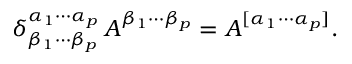
\delta _ { \beta _ { 1 } \cdots \beta _ { p } } ^ { \alpha _ { 1 } \cdots \alpha _ { p } } \, A ^ { \beta _ { 1 } \cdots \beta _ { p } } = A ^ { [ \alpha _ { 1 } \cdots \alpha _ { p } ] } .